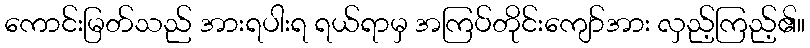
ကောင်းမြတ်သည် အားရပါးရ ရယ်ရာမှ အကြပ်တိုင်းကျော်အား လှည့်ကြည့်၏။